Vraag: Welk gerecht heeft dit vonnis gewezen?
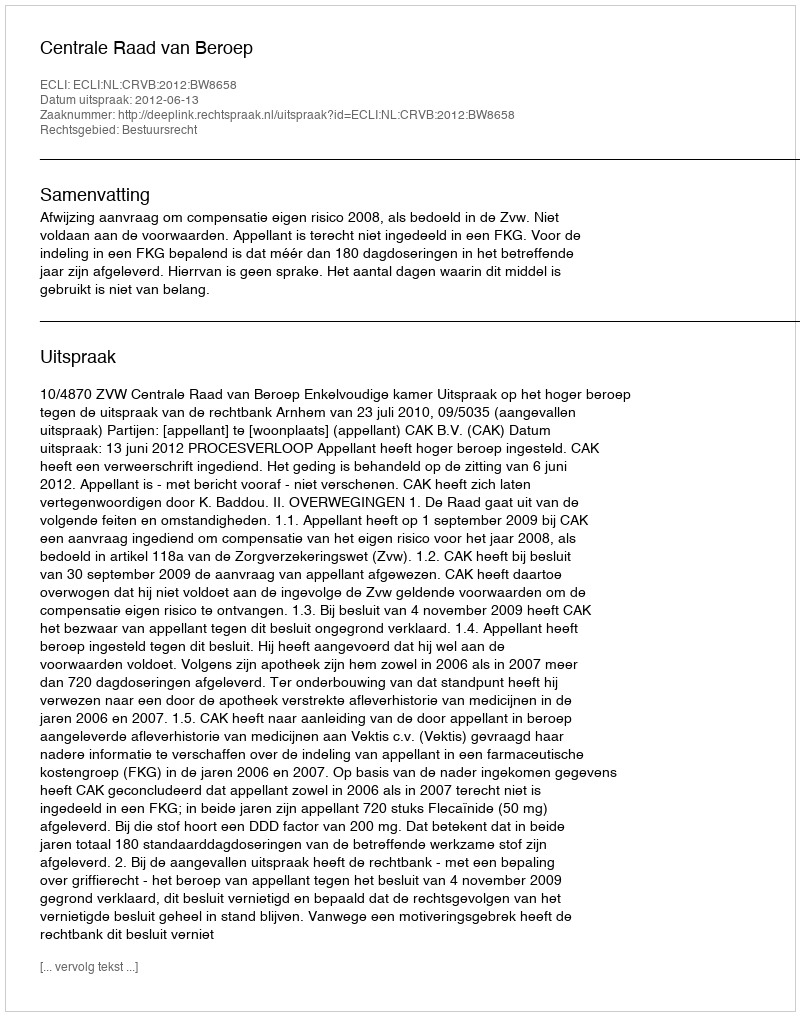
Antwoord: Centrale Raad van Beroep